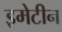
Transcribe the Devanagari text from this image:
इमेटीन